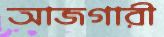
আজগারী